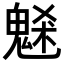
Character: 𩳘